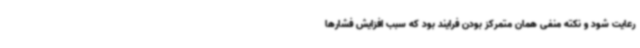
رعایت شود و نکته منفی همان متمرکز بودن فرایند بود که سبب افزایش فشارها